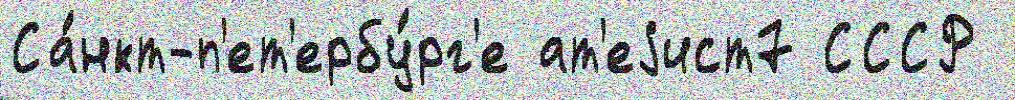
Са́нкт-п'ет'ербу́рг'е ат'еjист7 СССР